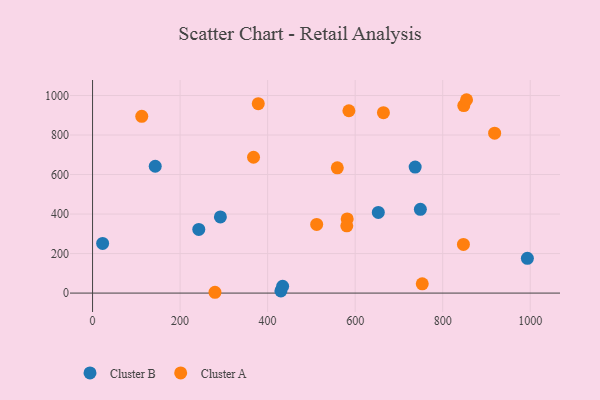
{"axis": {"x": "Study Hours", "y": "Yield"}, "legend": ["Cluster A", "Cluster B"], "data": [{"x": "143.2", "y": 642.1, "type": "Cluster B"}, {"x": "749.0", "y": 424.1, "type": "Cluster B"}, {"x": "652.9", "y": 408.1, "type": "Cluster B"}, {"x": "430.3", "y": 11.0, "type": "Cluster B"}, {"x": "292.1", "y": 385.4, "type": "Cluster B"}, {"x": "737.1", "y": 637.7, "type": "Cluster B"}, {"x": "434.3", "y": 34.6, "type": "Cluster B"}, {"x": "993.5", "y": 175.7, "type": "Cluster B"}, {"x": "23.0", "y": 251.6, "type": "Cluster B"}, {"x": "242.7", "y": 322.0, "type": "Cluster B"}, {"x": "378.6", "y": 958.8, "type": "Cluster A"}, {"x": "848.2", "y": 949.2, "type": "Cluster A"}, {"x": "279.7", "y": 4.1, "type": "Cluster A"}, {"x": "664.6", "y": 913.0, "type": "Cluster A"}, {"x": "559.2", "y": 634.2, "type": "Cluster A"}, {"x": "512.1", "y": 347.5, "type": "Cluster A"}, {"x": "918.7", "y": 809.2, "type": "Cluster A"}, {"x": "367.8", "y": 687.6, "type": "Cluster A"}, {"x": "854.5", "y": 978.7, "type": "Cluster A"}, {"x": "753.3", "y": 47.1, "type": "Cluster A"}, {"x": "585.7", "y": 923.0, "type": "Cluster A"}, {"x": "112.4", "y": 894.5, "type": "Cluster A"}, {"x": "581.8", "y": 375.5, "type": "Cluster A"}, {"x": "847.4", "y": 246.2, "type": "Cluster A"}, {"x": "580.9", "y": 340.3, "type": "Cluster A"}]}